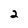
Character: 2